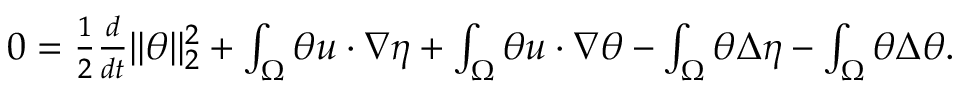
\begin{array} { r } { 0 = \frac { 1 } { 2 } \frac { d } { d t } \| \theta \| _ { 2 } ^ { 2 } + \int _ { \Omega } \theta u \cdot \nabla \eta + \int _ { \Omega } \theta u \cdot \nabla \theta - \int _ { \Omega } \theta \Delta \eta - \int _ { \Omega } \theta \Delta \theta . } \end{array}